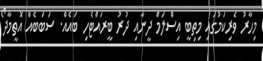
މިހާރު ވެރިކަމުގައި މިތިބީ އިސްލަމް ދީނާއި ދުރު ބީރައްޓެހި ބައެއް. ސަބަބެއް އޮތީމާދޯ